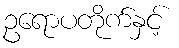
ဥရောပတိုက်နှင့်